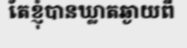
តែខ្ញុំបានឃ្លាតឆ្ងាយពី